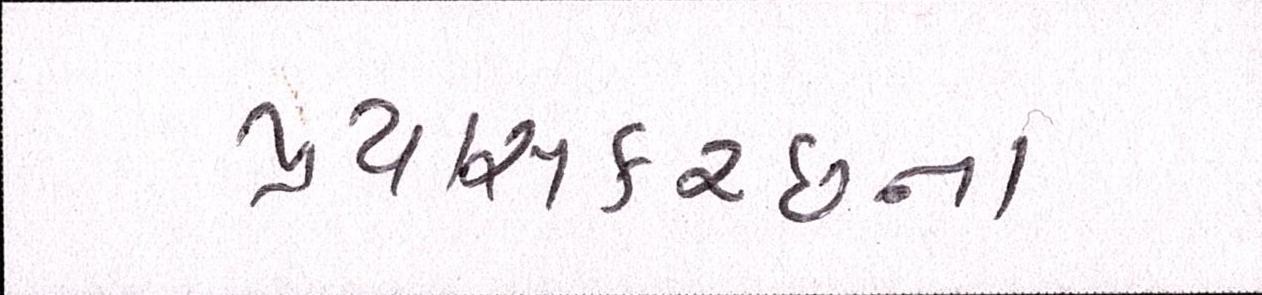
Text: પ્રયાસકચ્છના